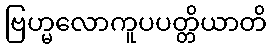
ဗြဟ္မလောကူပပတ္တိယာတိ